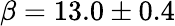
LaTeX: \beta=13.0\pm 0.4